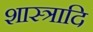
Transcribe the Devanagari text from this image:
शास्त्रादि